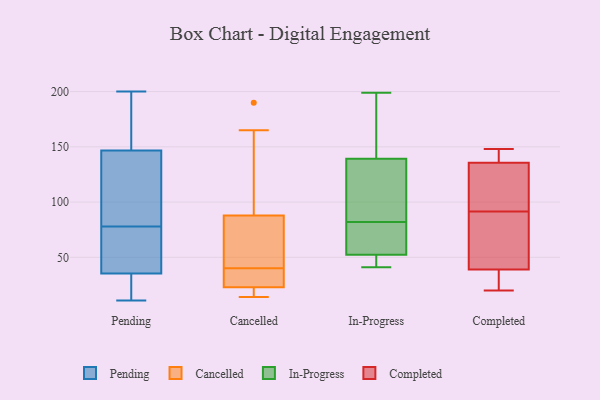
{"axis": {"x": "Satisfaction Score", "y": "Value"}, "legend": ["Cancelled", "Completed", "In-Progress", "Pending"], "data": [{"x": "", "y": 165, "type": "Pending"}, {"x": "", "y": 128, "type": "Pending"}, {"x": "", "y": 11, "type": "Pending"}, {"x": "", "y": 55, "type": "Pending"}, {"x": "", "y": 199, "type": "Pending"}, {"x": "", "y": 144, "type": "Pending"}, {"x": "", "y": 24, "type": "Pending"}, {"x": "", "y": 78, "type": "Pending"}, {"x": "", "y": 155, "type": "Pending"}, {"x": "", "y": 200, "type": "Pending"}, {"x": "", "y": 108, "type": "Pending"}, {"x": "", "y": 14, "type": "Pending"}, {"x": "", "y": 42, "type": "Pending"}, {"x": "", "y": 39, "type": "Pending"}, {"x": "", "y": 141, "type": "Pending"}, {"x": "", "y": 21, "type": "Pending"}, {"x": "", "y": 70, "type": "Pending"}, {"x": "", "y": 42, "type": "Cancelled"}, {"x": "", "y": 93, "type": "Cancelled"}, {"x": "", "y": 165, "type": "Cancelled"}, {"x": "", "y": 72, "type": "Cancelled"}, {"x": "", "y": 20, "type": "Cancelled"}, {"x": "", "y": 40, "type": "Cancelled"}, {"x": "", "y": 190, "type": "Cancelled"}, {"x": "", "y": 14, "type": "Cancelled"}, {"x": "", "y": 32, "type": "Cancelled"}, {"x": "", "y": 34, "type": "Cancelled"}, {"x": "", "y": 18, "type": "Cancelled"}, {"x": "", "y": 46, "type": "In-Progress"}, {"x": "", "y": 43, "type": "In-Progress"}, {"x": "", "y": 91, "type": "In-Progress"}, {"x": "", "y": 140, "type": "In-Progress"}, {"x": "", "y": 53, "type": "In-Progress"}, {"x": "", "y": 70, "type": "In-Progress"}, {"x": "", "y": 177, "type": "In-Progress"}, {"x": "", "y": 42, "type": "In-Progress"}, {"x": "", "y": 179, "type": "In-Progress"}, {"x": "", "y": 106, "type": "In-Progress"}, {"x": "", "y": 41, "type": "In-Progress"}, {"x": "", "y": 199, "type": "In-Progress"}, {"x": "", "y": 198, "type": "In-Progress"}, {"x": "", "y": 137, "type": "In-Progress"}, {"x": "", "y": 67, "type": "In-Progress"}, {"x": "", "y": 110, "type": "In-Progress"}, {"x": "", "y": 82, "type": "In-Progress"}, {"x": "", "y": 71, "type": "In-Progress"}, {"x": "", "y": 52, "type": "In-Progress"}, {"x": "", "y": 137, "type": "Completed"}, {"x": "", "y": 22, "type": "Completed"}, {"x": "", "y": 134, "type": "Completed"}, {"x": "", "y": 97, "type": "Completed"}, {"x": "", "y": 20, "type": "Completed"}, {"x": "", "y": 86, "type": "Completed"}, {"x": "", "y": 58, "type": "Completed"}, {"x": "", "y": 106, "type": "Completed"}, {"x": "", "y": 30, "type": "Completed"}, {"x": "", "y": 48, "type": "Completed"}, {"x": "", "y": 148, "type": "Completed"}, {"x": "", "y": 147, "type": "Completed"}]}